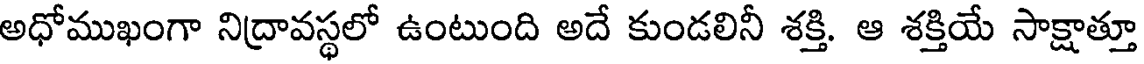
అధోముఖంగా నిద్రావస్థలో ఉంటుంది అదే కుండలినీ శక్తి. ఆ శక్తియే సాక్షాత్తూ